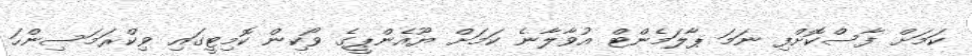
ކަމަށް ފާސްކޮށްފި ނަަމަ ޕާލަމެންޓް އުވާލާނެ ކަމަށް ޔޫއެންޕީގެ ވޯކިން ކޮމިޓީގައި ވިކްރަމަސިންހަ